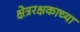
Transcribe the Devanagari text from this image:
क्षेत्ररक्षकाच्या